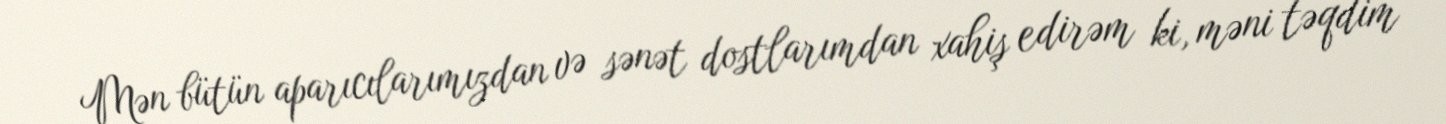
Mən bütün aparıcılarımızdan və sənət dostlarımdan xahiş edirəm ki, məni təqdim